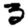
Digit: 3